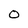
Character: 0